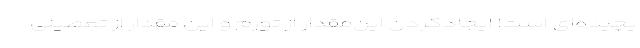
یچیده‌ای است! ایجادکردنِ این‌مقدار از تورم و این مقدار از تعطیلی